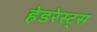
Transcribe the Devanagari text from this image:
हेडरेस्ट्स